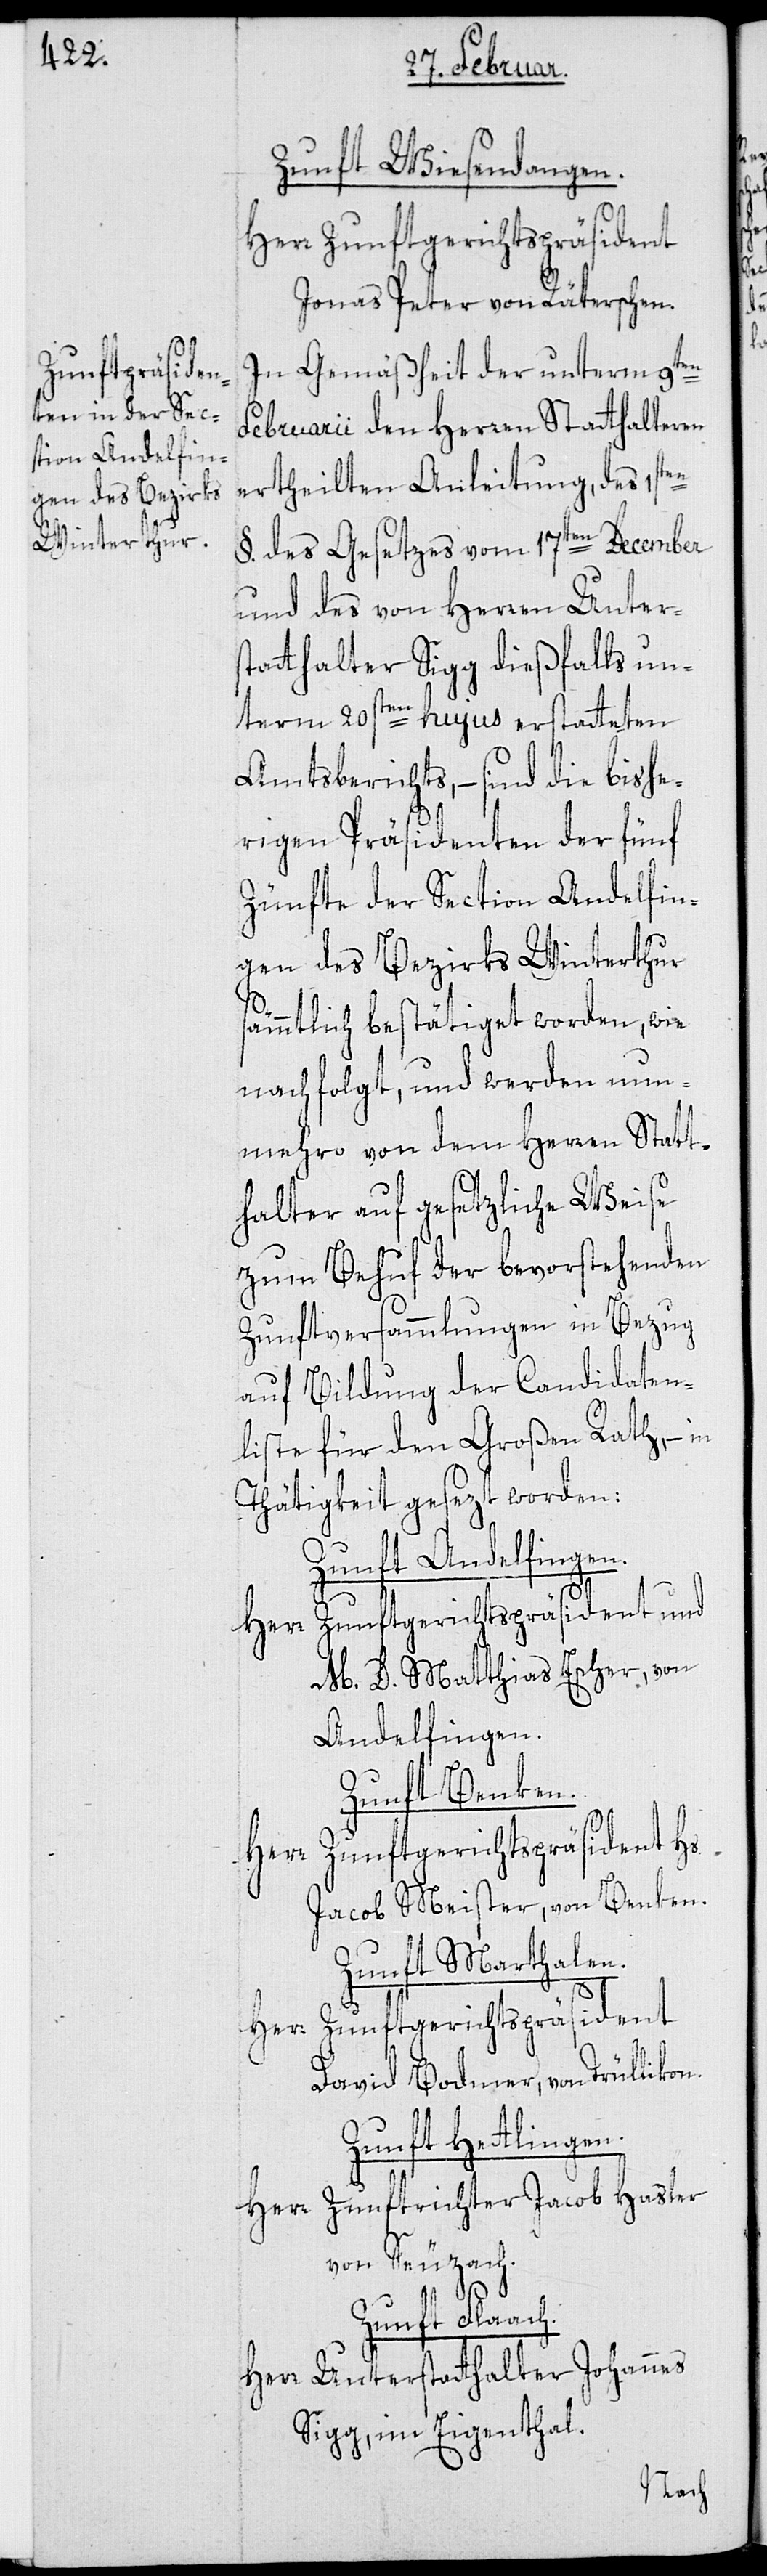
Zunft Wiesendangen.
Herr Zunftgerichtspräsident
Jonas Peter, von Räterschen.
In Gemäßheit der unterm 9ten
Februarii den Herren Statthalteren
ertheilten Anleitung, des 1sten
§. des Gesetzes vom 17ten December,
und des von Herren Unters¬
tatthalter Sigg dießfalls un¬
term 20sten hujus erstatteten
Amtsberichts, – sind die bishe¬
rigen Präsidenten der fünf
Zünfte der Section Andelfin¬
gen des Bezirks Winterthur
sämmtlich bestätiget worden, wie
nachfolgt, und werden nun¬
mehro von dem Herren Statt¬
halter auf gesetzliche Weise
zum Behuf der bevorstehenden
Zunftversammlungen in Bezug
auf Bildung der Candidaten¬
liste für den Großen Rath, – in
Thätigkeit gesezt worden:
Zunft Andelfingen.
Zunftgerichtspräsident und
Herr
M. D. Matthias Escher, von
Andelfingen.
Zunft Benken.
Herr Zunftgerichtspräsident Hs.
Jacob Meister, von Benken.
Zunft Marthalen.
David Bodmer, von Trülliko¬
Zunft Hettlingen.
Herr Zunftrichter Jacob Hasler,
von Seuzach.
Zunft Flaach.
Herr Unterstatthalter Johannes
Sigg, im Eigenthal.
n.